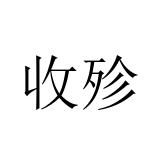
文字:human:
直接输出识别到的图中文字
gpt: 收殄